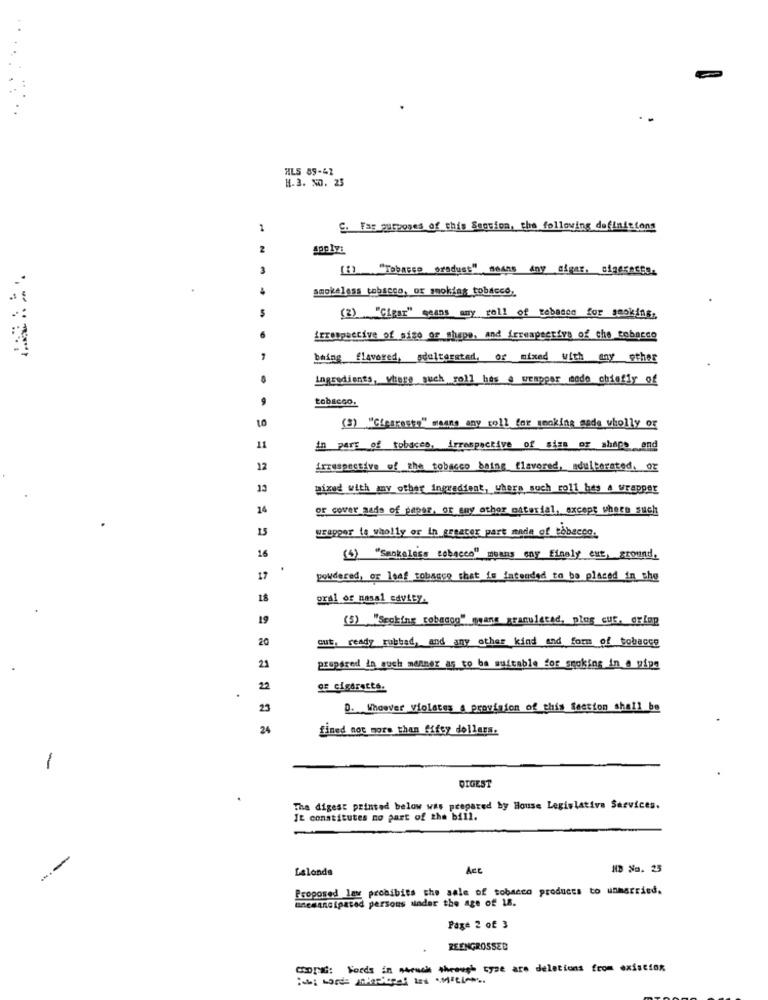
HLS 89-42
H.3. x0. 25
1
C. Fas purposes of this Section, the following definitions
2
(E) "Tobacco oraduse" means Any cigar. classacte.
smokeless tobacco, or smoking tobacco,
irrespective of sigo of shape, and irrespective of che tobacco
being flavogef, sdottersted, or mixed with any other
Ingredients, where such roll has a wempper mode chiefly of
tobacco.
(3) "Cleareste" means any roll for smoking mada wholly or
11
Am ParE os tobaces, Irrespective of Simm or shape and
12
irrespective of the tobacco being flavored, adulterated, or
13
mixed with any other ingredient, whers such roll hes a wrapper
14
or cover aads of paper, or any other material, except where such
15
wrapper la wholly or in steater part made of tobacco.
16
(5) "Sankeless tobacco" means any Finely cut, ground.
.
17
powdered, or leaf tobacco that is fatended to be placed in the
18
oral of nasal edvicy.
19
(5) "Spoking robocop" means granulated, plag cut, orLag
20
cut, ready rubbed, and any other kind and form of tobacco
21
prepared in such manner as to ba suitable for smoking in a wips
22
gE cigarette.
23
D. Whoever violates s provision of this Section shall be
24
fined not more than fifty dollars.
-
DIGEST
The digest printed below was prepared by House Legislativa Services.
It constitutes no part of the bill.
---
Lalanda
ACE
HB No. 25
Proposed law probibits the sale of tobacco products to unmarried.
unesanGipared persons under the age of 18.
Page 2 of 3
REENGROSSED
CODING: Fords in Atruck through type are delations from existsox